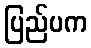
ပြည်ပက